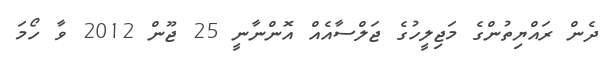
ދެން ރައްޔިތުންގެ މަޖިލީހުގެ ޖަލްސާއެއް އޮންނާނީ 25 ޖޫން 2012 ވާ ހޯމަ